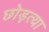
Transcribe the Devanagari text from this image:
छोड़त्या